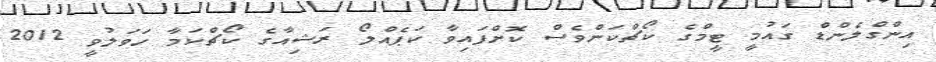
އިންގްލެންޑް ގައުމީ ޓީމްގެ ކޯޗްކަންވެސް ކޮށްފައިވާ ކަޕެއްލޯ ރަޝިއާގެ ކޯޗްކަމާ ހަވަލުވީ 2012